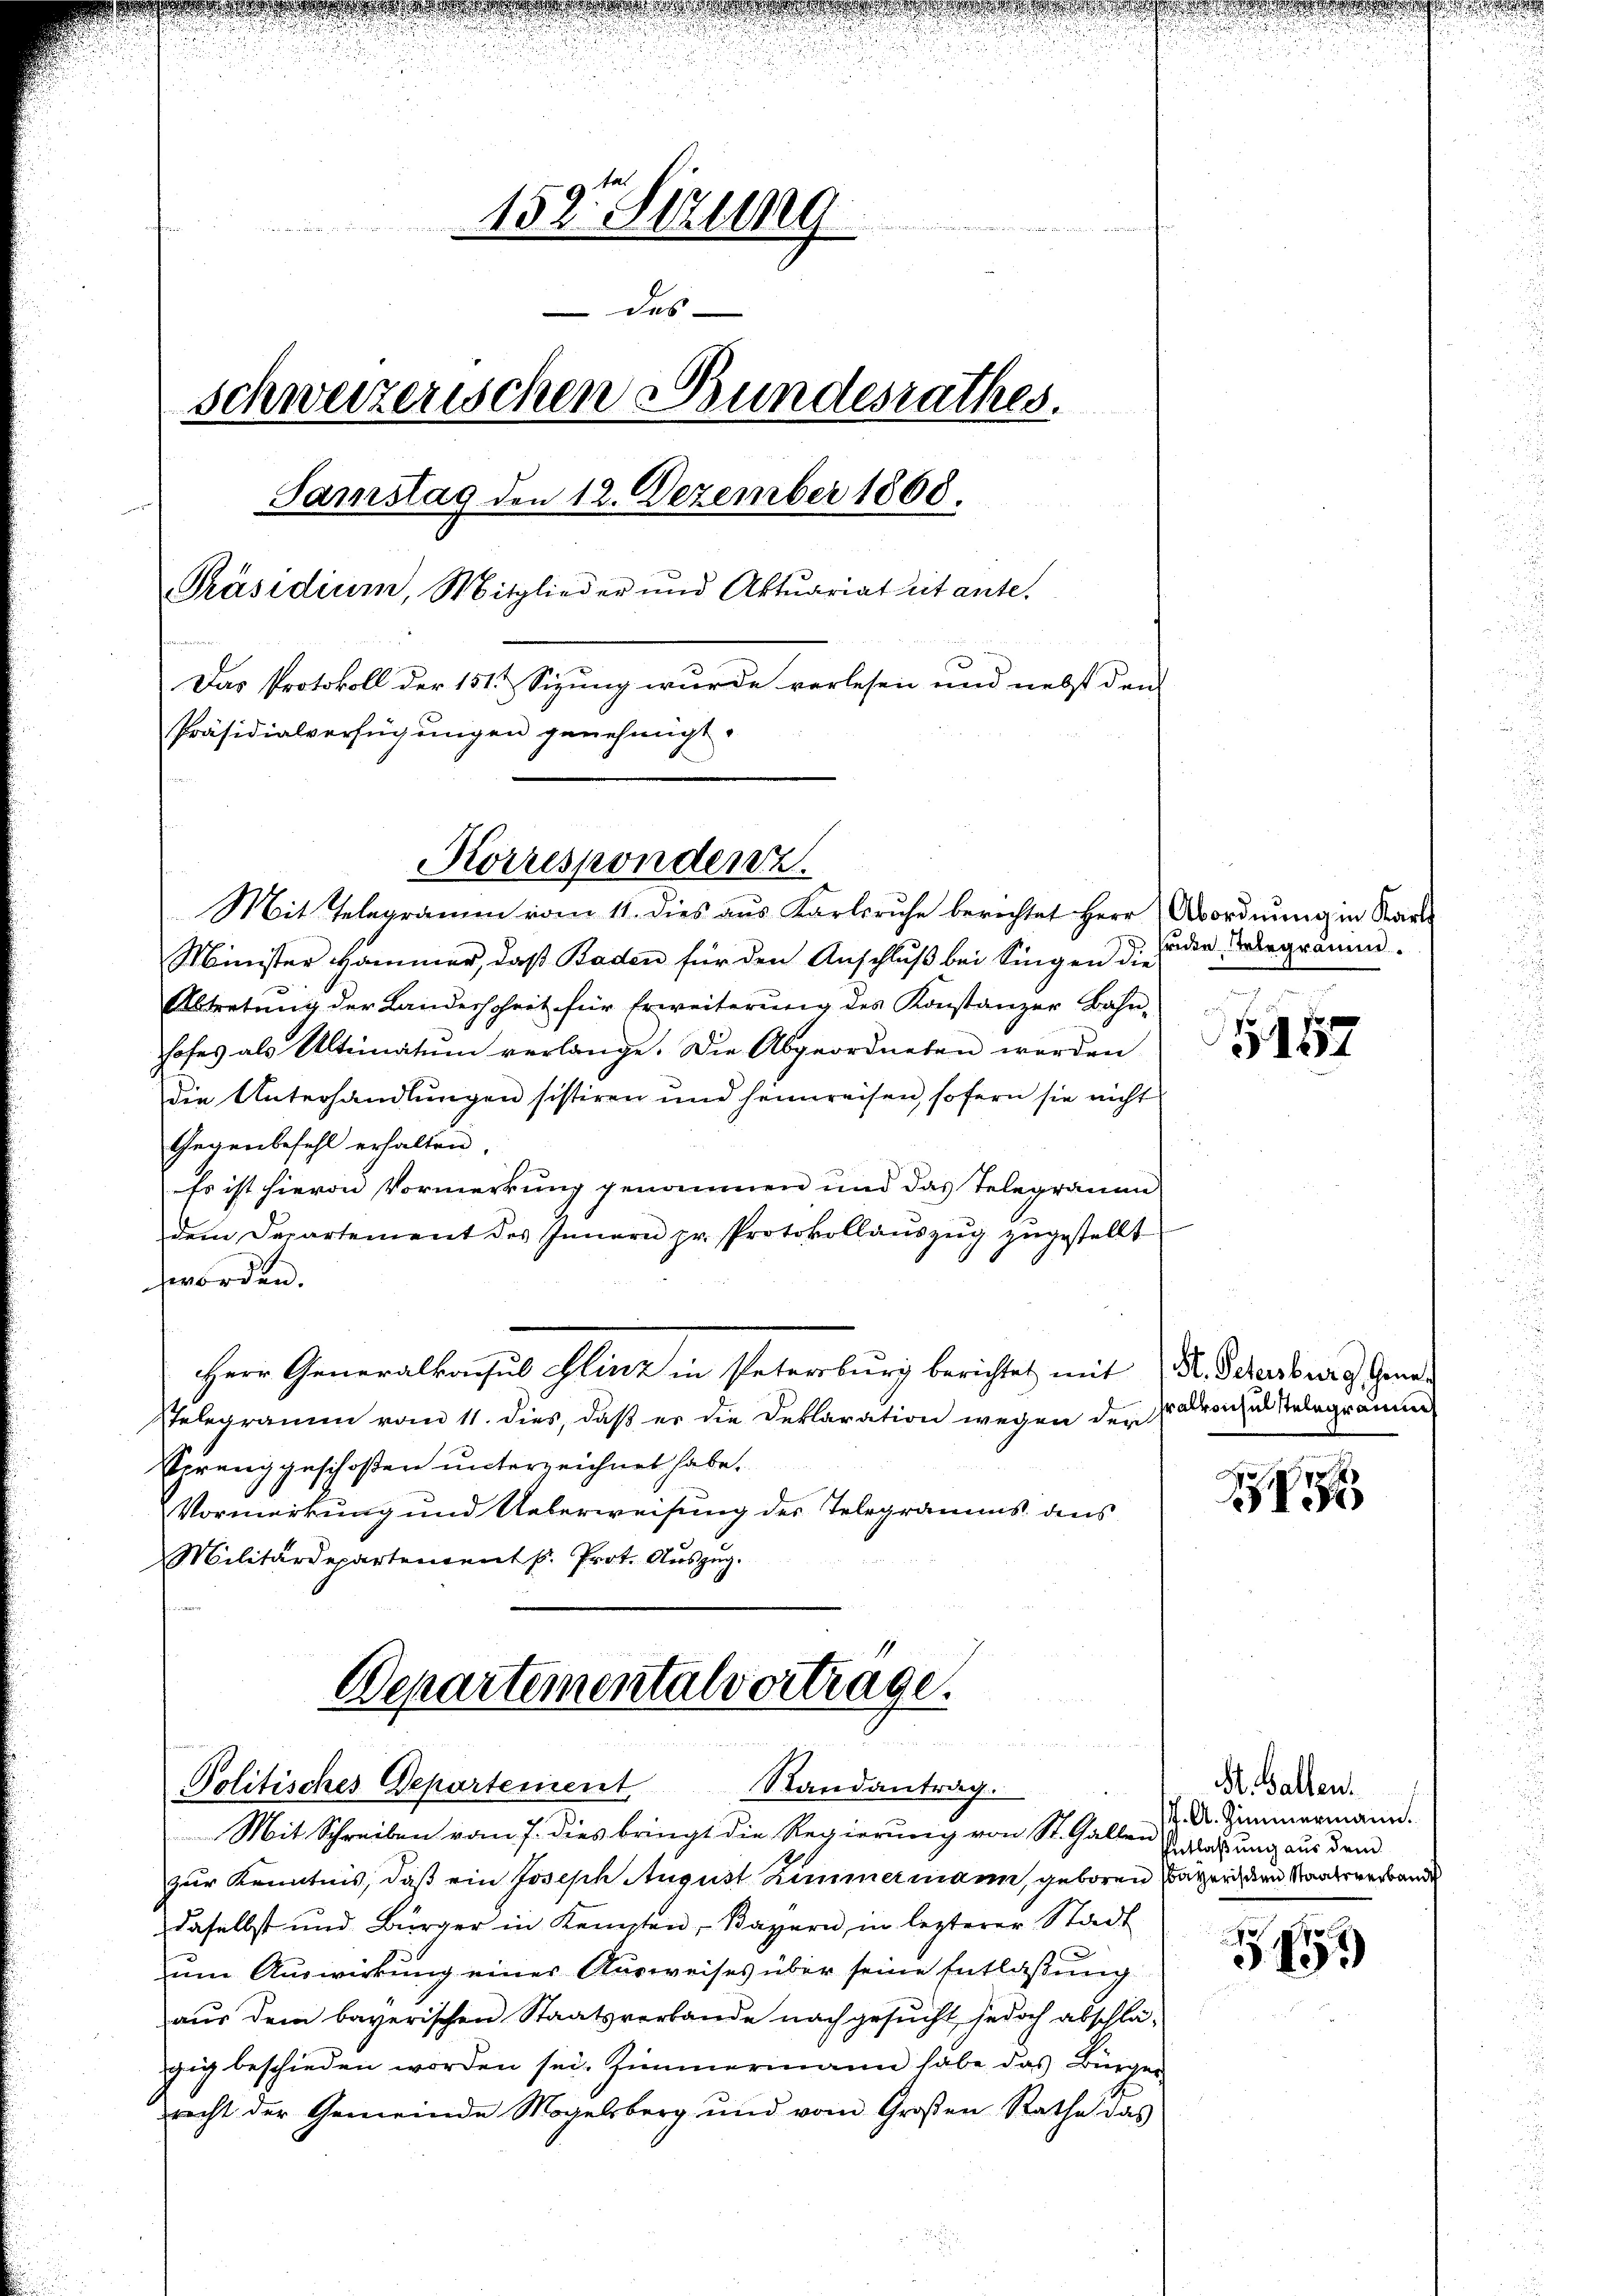
u

u
.
u
 153. Sizung
das
schweizerischen Bundesrathes.
Samstag den 12. Dezember 1868.
Präsidium, Mitglieder und Aktuariat citante.
Das Protokoll der 151 Sizung wurde verlesen und nebst den
Präsidialverfügungen genehmigt.

Korrespondenz.

Politisches Departement
Randantrag.

Mit Telegramen vom 11. dies aus Karlsruhe berichtet Herr Abordnung in Saal¬
Minister Hammer, daβ Baden für den Anschlŭβ bei Singen die
Abtretung der Landerscheit für Erweiterŭng des Konstanzer Bahn-
hofes als Ultimatum verlange. Die Abgeordneten werden
die Unterhandlungen sistiren und seinweisen, sofern sie nicht
Gegenbefehl erhalten.
Es ist hievon Vormerkung genommen und das Telegramm
dem Departement des Innern zu. Protokollaŭszŭg zŭgestellt
worden.
Herr Generalkonsul Slinz in Petersburg berichtet mit Dr. Petersburg Gene¬
Telegramm vom 11. dies, daß er die Deklaration wegen der
Spreng geschoßen unterzeichnet habe.
Vormerkung und Ueberweisung des Telegramms dens
Militärdepartement k. Prot. Auszug.
Departementalvortrage.

riden Telegramm.

Mit Schreiben vom 7. dies bringt die Regierung von St. Gallen Verlassung aus Frid
zur Kenntnis, daß ein Joseph August Zimmermann, geboren Bayer dem Manderesandt
daselbst und Bürger in Kempten, Bayern, in lezterer Stadt
um Auswirkung einer Ausweises über seine Entlassung
aus dem bayerischen Staatsverbande nachgesucht, jedoch abschlägig beschieden worden sei. Zimmermann habe das Bürger
recht der Gemeinde Mogelsberg und vom Großen Rathe das

5157

ralkonsulstelegramm

x

St. Gallen.
. A. Zimmermann.

)